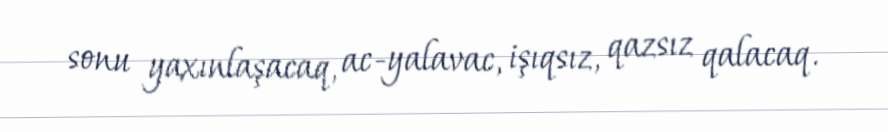
sonu yaxınlaşacaq, ac-yalavac, işıqsız, qazsız qalacaq.